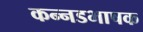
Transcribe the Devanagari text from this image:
कन्‍नडभाषक